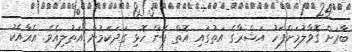
ބާރަށް ގޮވާލުމަށްފަހު އަޝްރާގެ އަތުގައި އޮތް ފެން ހޮޅި ގަދަކަމުން އަތުލިއެވެ. އެއާއެކު